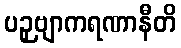
ပဉှဗျာကရဏာနီတိ